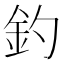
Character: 釣